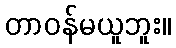
တာဝန်မယူဘူး။